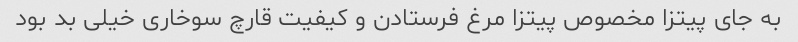
به جای پیتزا مخصوص پیتزا مرغ فرستادن و کیفیت قارچ سوخاری خیلی بد بود